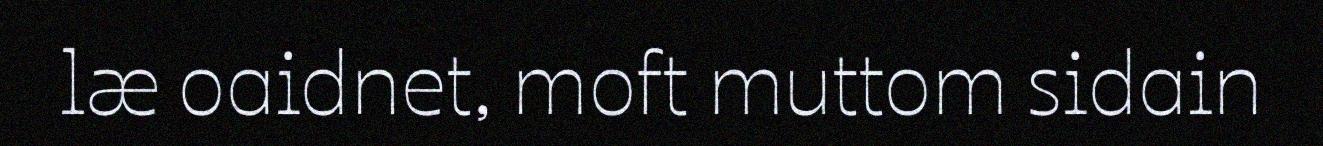
læ oaidnet, moft muttom sidain